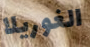
الغوريلا